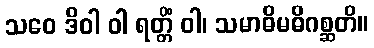
သဝေ ဒိဝါ ဝါ ရတ္တိံ ဝါ၊ သမာဓိမဓိဂစ္ဆတိ။